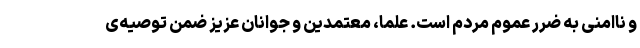
و ناامنی به ضرر عموم مردم است. علما، معتمدین و جوانان عزیز ضمن توصیه‌ی